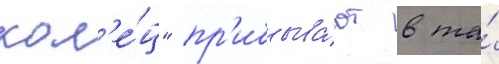
кол'е́ц" пр'ибыва́ют в та́